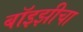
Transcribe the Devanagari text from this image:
बॉइझीचा